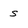
Character: s